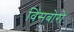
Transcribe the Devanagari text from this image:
विंसबोरो